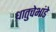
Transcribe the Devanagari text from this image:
धातुचेभांडे